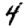
Digit: 4